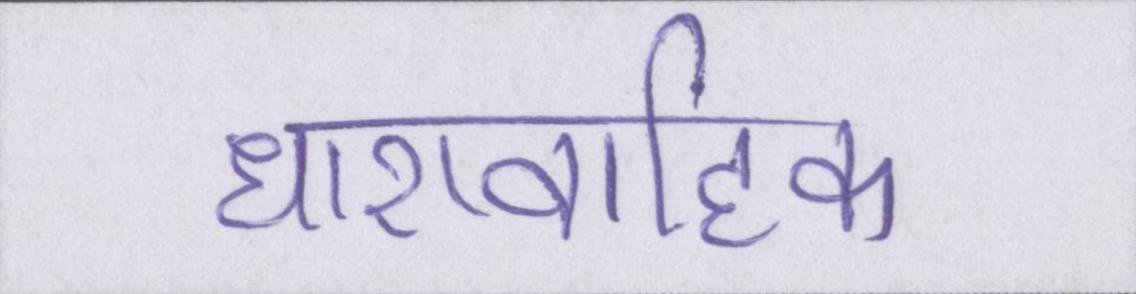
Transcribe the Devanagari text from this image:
धारावाहिक